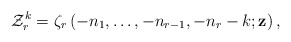
\begin{align*}\mathcal{Z}_{r}^{k}=\zeta_{r}\left(-n_{1},\dots,-n_{r-1},-n_{r}-k;\mathbf{z}\right),\end{align*}